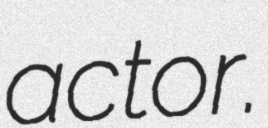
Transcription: actor.